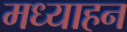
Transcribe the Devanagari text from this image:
मध्याहन